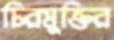
চিরমুক্তির